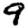
Digit: 9